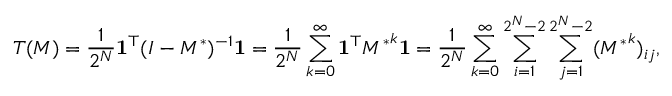
T ( M ) = \frac { 1 } { 2 ^ { N } } \mathbf { 1 } ^ { \top } ( I - M ^ { \ast } ) ^ { - 1 } \mathbf { 1 } = \frac { 1 } { 2 ^ { N } } \sum _ { k = 0 } ^ { \infty } \mathbf { 1 } ^ { \top } { M ^ { \ast } } ^ { k } \mathbf { 1 } = \frac { 1 } { 2 ^ { N } } \sum _ { k = 0 } ^ { \infty } \sum _ { i = 1 } ^ { 2 ^ { N } - 2 } \sum _ { j = 1 } ^ { 2 ^ { N } - 2 } ( { M ^ { \ast } } ^ { k } ) _ { i j } ,